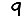
Digit: 9